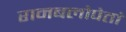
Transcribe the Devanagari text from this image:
रामबलोपेतां